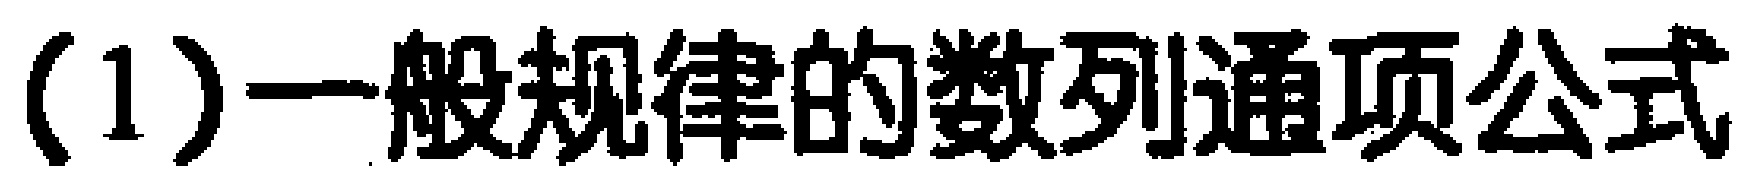
(1)一般规律的数列通项公式